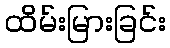
ထိမ်းမြားခြင်း